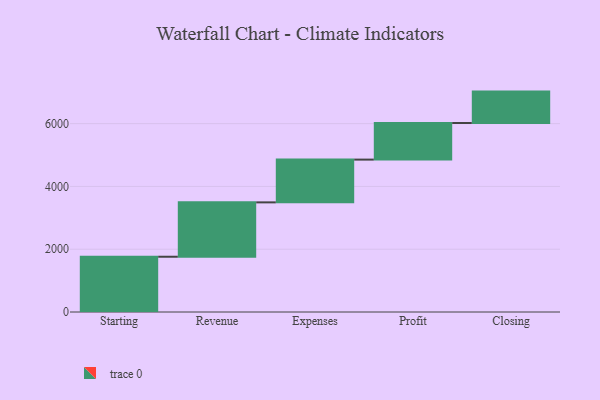
{"axis": {"x": "Step", "y": "Value"}, "legend": [""], "data": [{"x": "Starting", "y": 1760.0, "type": ""}, {"x": "Revenue", "y": 1732.0, "type": ""}, {"x": "Expenses", "y": 1362.0, "type": ""}, {"x": "Profit", "y": 1166.0, "type": ""}, {"x": "Closing", "y": 1000, "type": ""}]}